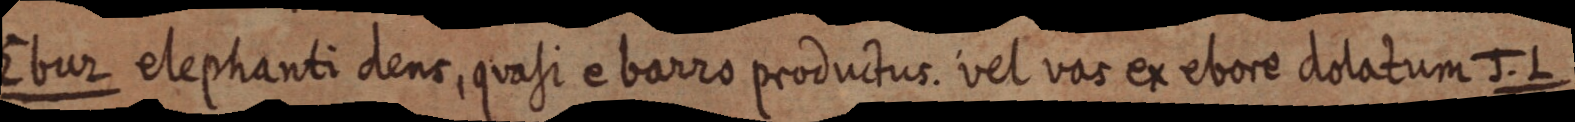
Ebur elephanti dens, quasi e barro productus. vel vas ex ebore dolatum J. L